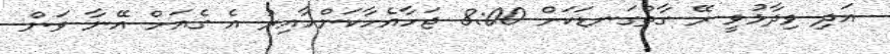
އަދި ވިދާޅުވީ ރޭ ގާތްގަނޑަކަށް 8:00 ޖަހާއެހާކަންހާއިރު އެ ގެއަށް އޭނާ ވަން